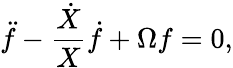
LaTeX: \ddot{f}-\frac{\dot{X}}{X}\dot{f}+\Omega f=0,